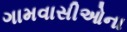
ગામવાસીઓના